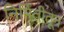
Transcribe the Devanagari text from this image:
निर्मितीतून